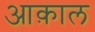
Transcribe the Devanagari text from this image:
आक़ाल